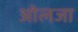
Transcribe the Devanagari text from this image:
ओलजा